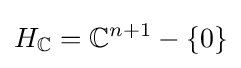
H_{\mathbb {C} }=\mathbb {C} ^{n+1}-\{0\}